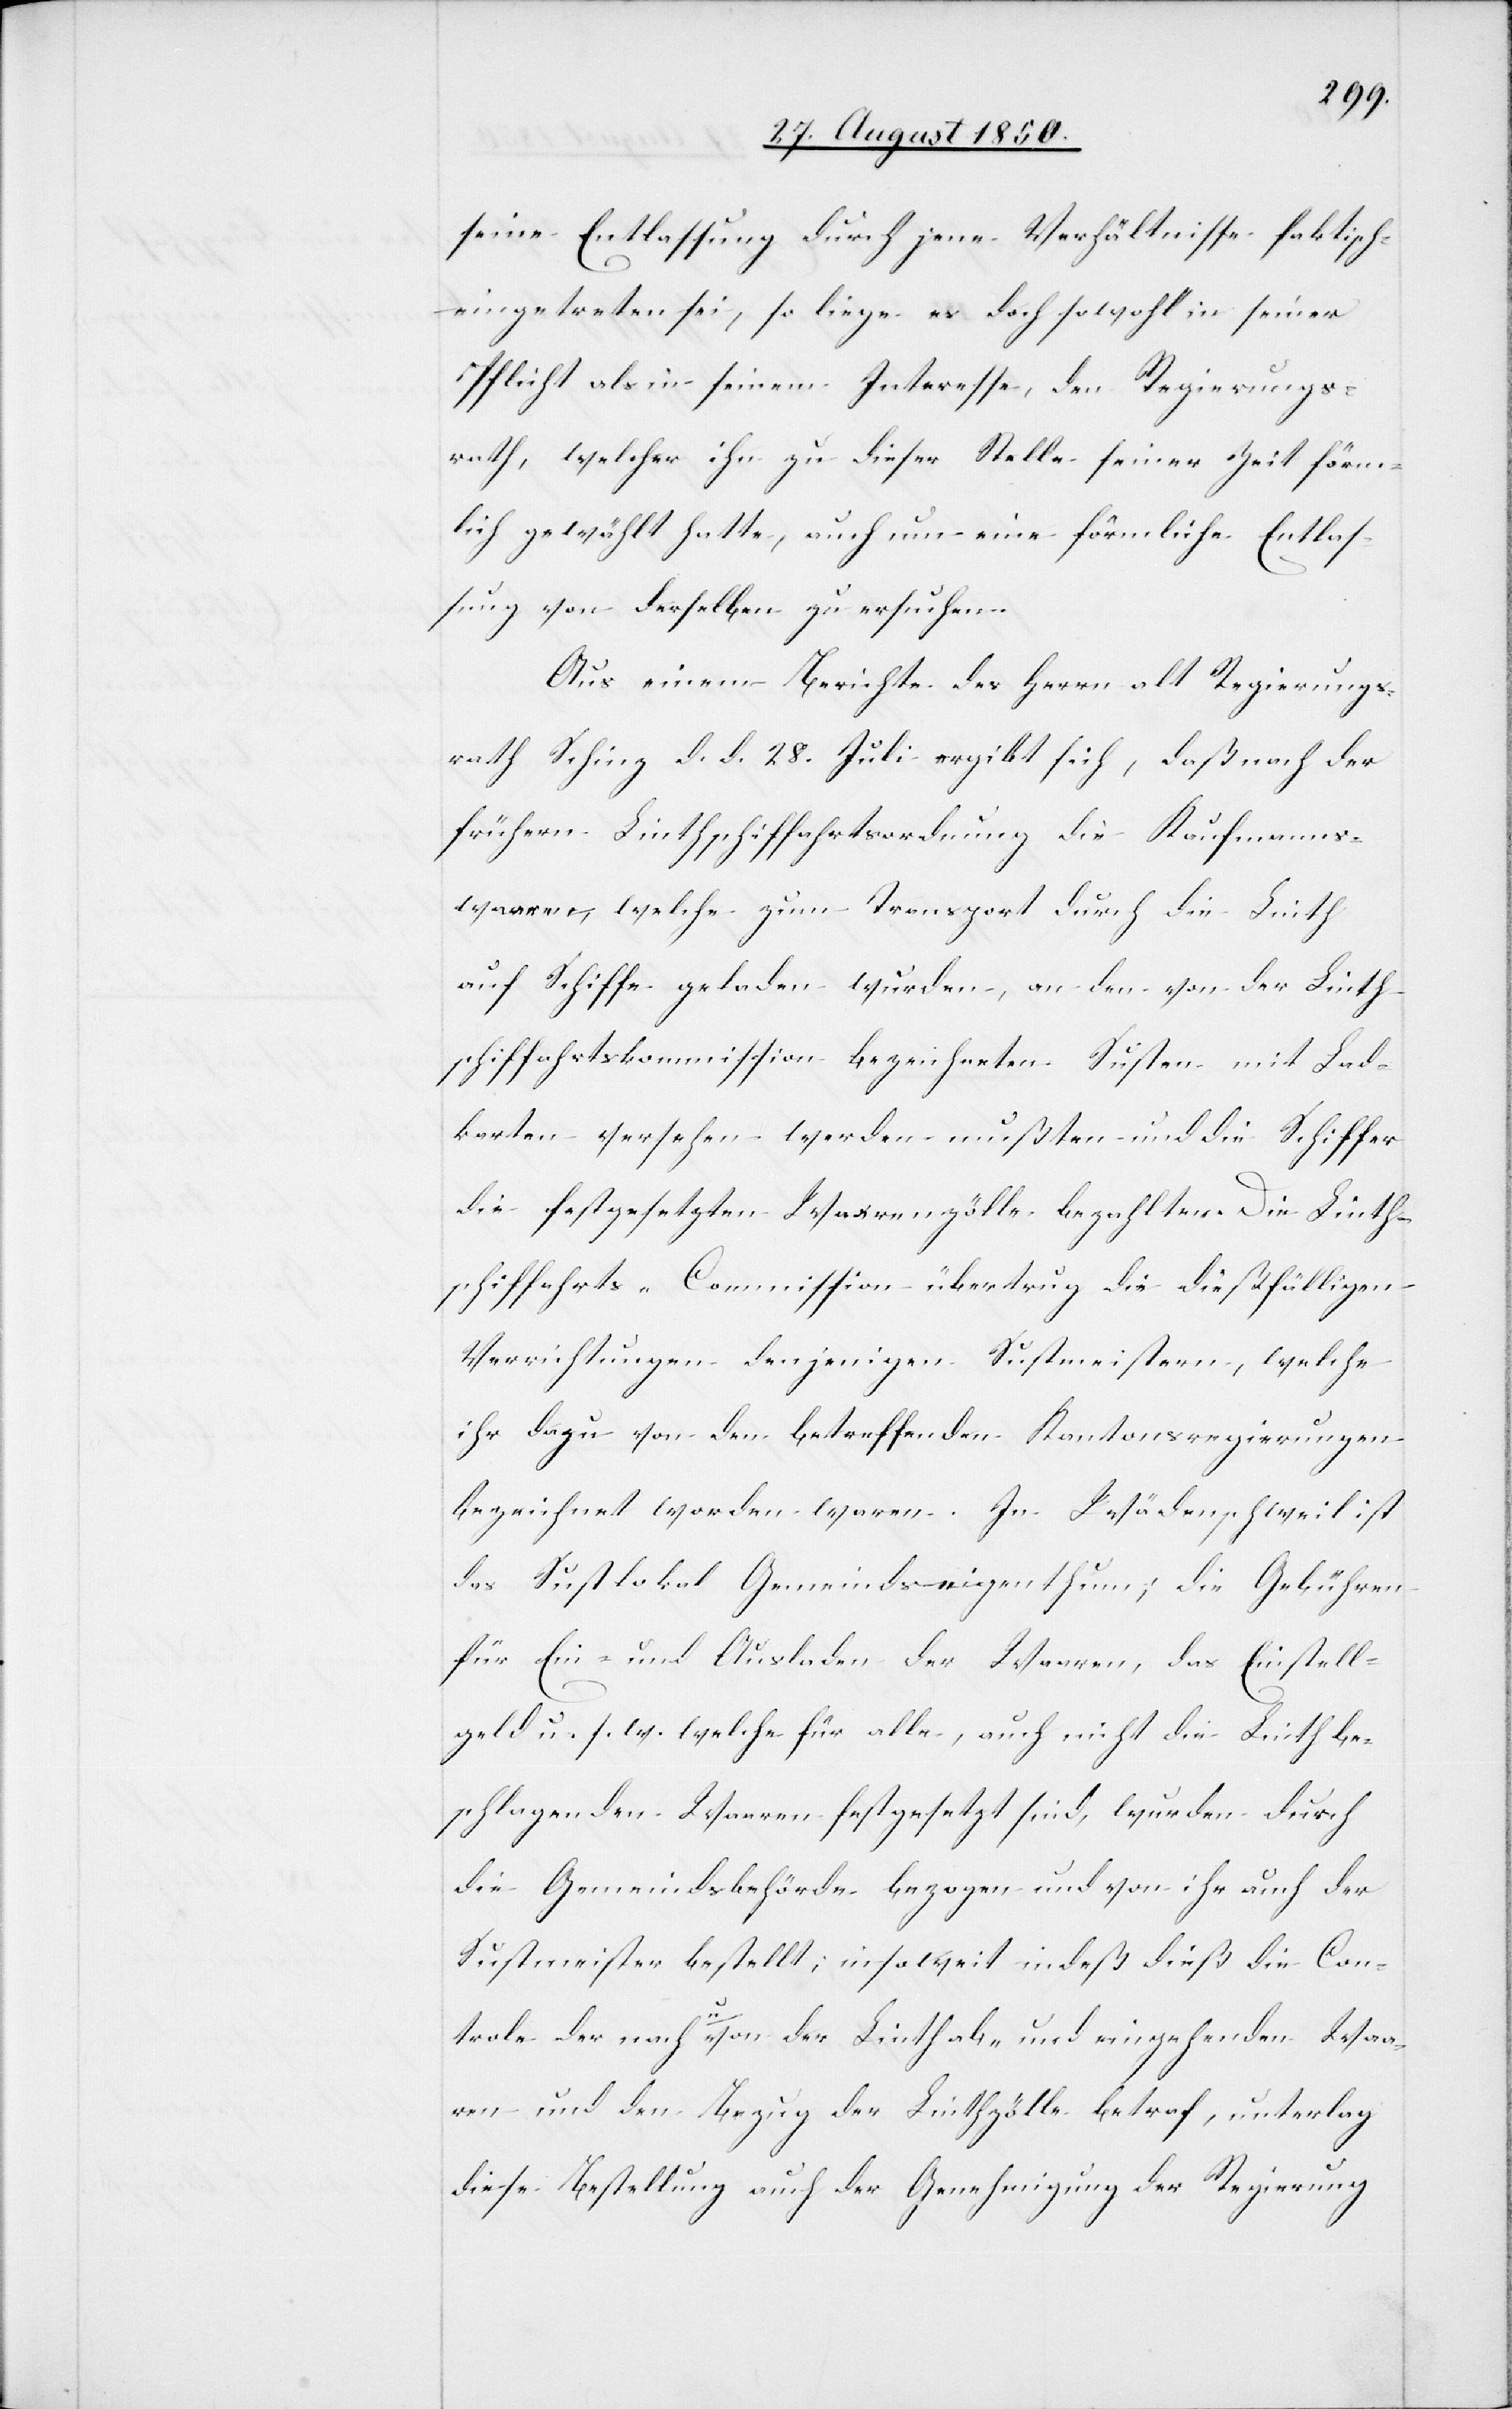
seine Entlassung durch jene Verhältnisse faktisch
eingetreten sei, so liege es doch sowohl in seiner
Pflicht als in seinem Interesse, den Regierungs¬
rath, welcher ihn zu dieser Stelle seiner Zeit förm¬
lich gewählt hatte, auch um eine förmliche Entlas¬
sung von derselben zu ersuchen.
Aus einem Berichte des Herrn alt Regierungs¬
rath Schinz d. d. 28. Juli ergibt sich, daß nach der
frühern Linthschiffahrtsordnung die Kaufmanns¬
waaren, welche zum Transport durch die Linth
auf Schiffe geladen wurden, an den von der Linth¬
schiffahrtskommission bezeichneten Susten mit Lad¬
karten versehen werden mußten und die Schiffer
die festgesetzten Waarenzölle bezahlten. Die Linth¬
schiffahrts-Commission übertrug die dießfälligen
Verrichtungen denjenigen Sustmeistern, welche
ihr dazu von den betreffenden Kantonsregierungen
bezeichnet worden waren. In Wädenschweil ist
das Sustlokal Gemeindseigenthum; die Gebühren
für Ein- und Ausladen der Waaren, das Einstell¬
geld u. s. w. welche für alle, auch nicht die Linth be¬
schlagenden Waaren festgesetzt sind, wurden durch
die Gemeindsbehörde bezogen und von ihr auch der
Sustmeister bestellt; in so weit indeß dieß die Con¬
trole der nach u. von der Linth ab- und eingehenden Waa¬
ren und den Bezug der Linthzölle betraf, unterlag
diese Bestellung auch der Genehmigung der Regierung